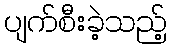
ပျက်စီးခဲ့သည့်